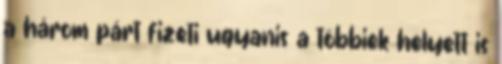
a három párt fizeti ugyanis a többiek helyett is